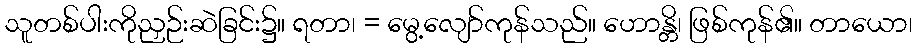
သူတစ်ပါးကိုညှဉ်းဆဲခြင်း၌။ ရတာ၊ = မွေ့လျော်ကုန်သည်။ ဟောန္တိ၊ ဖြစ်ကုန်၏။ တာယော၊